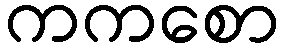
ကကစော